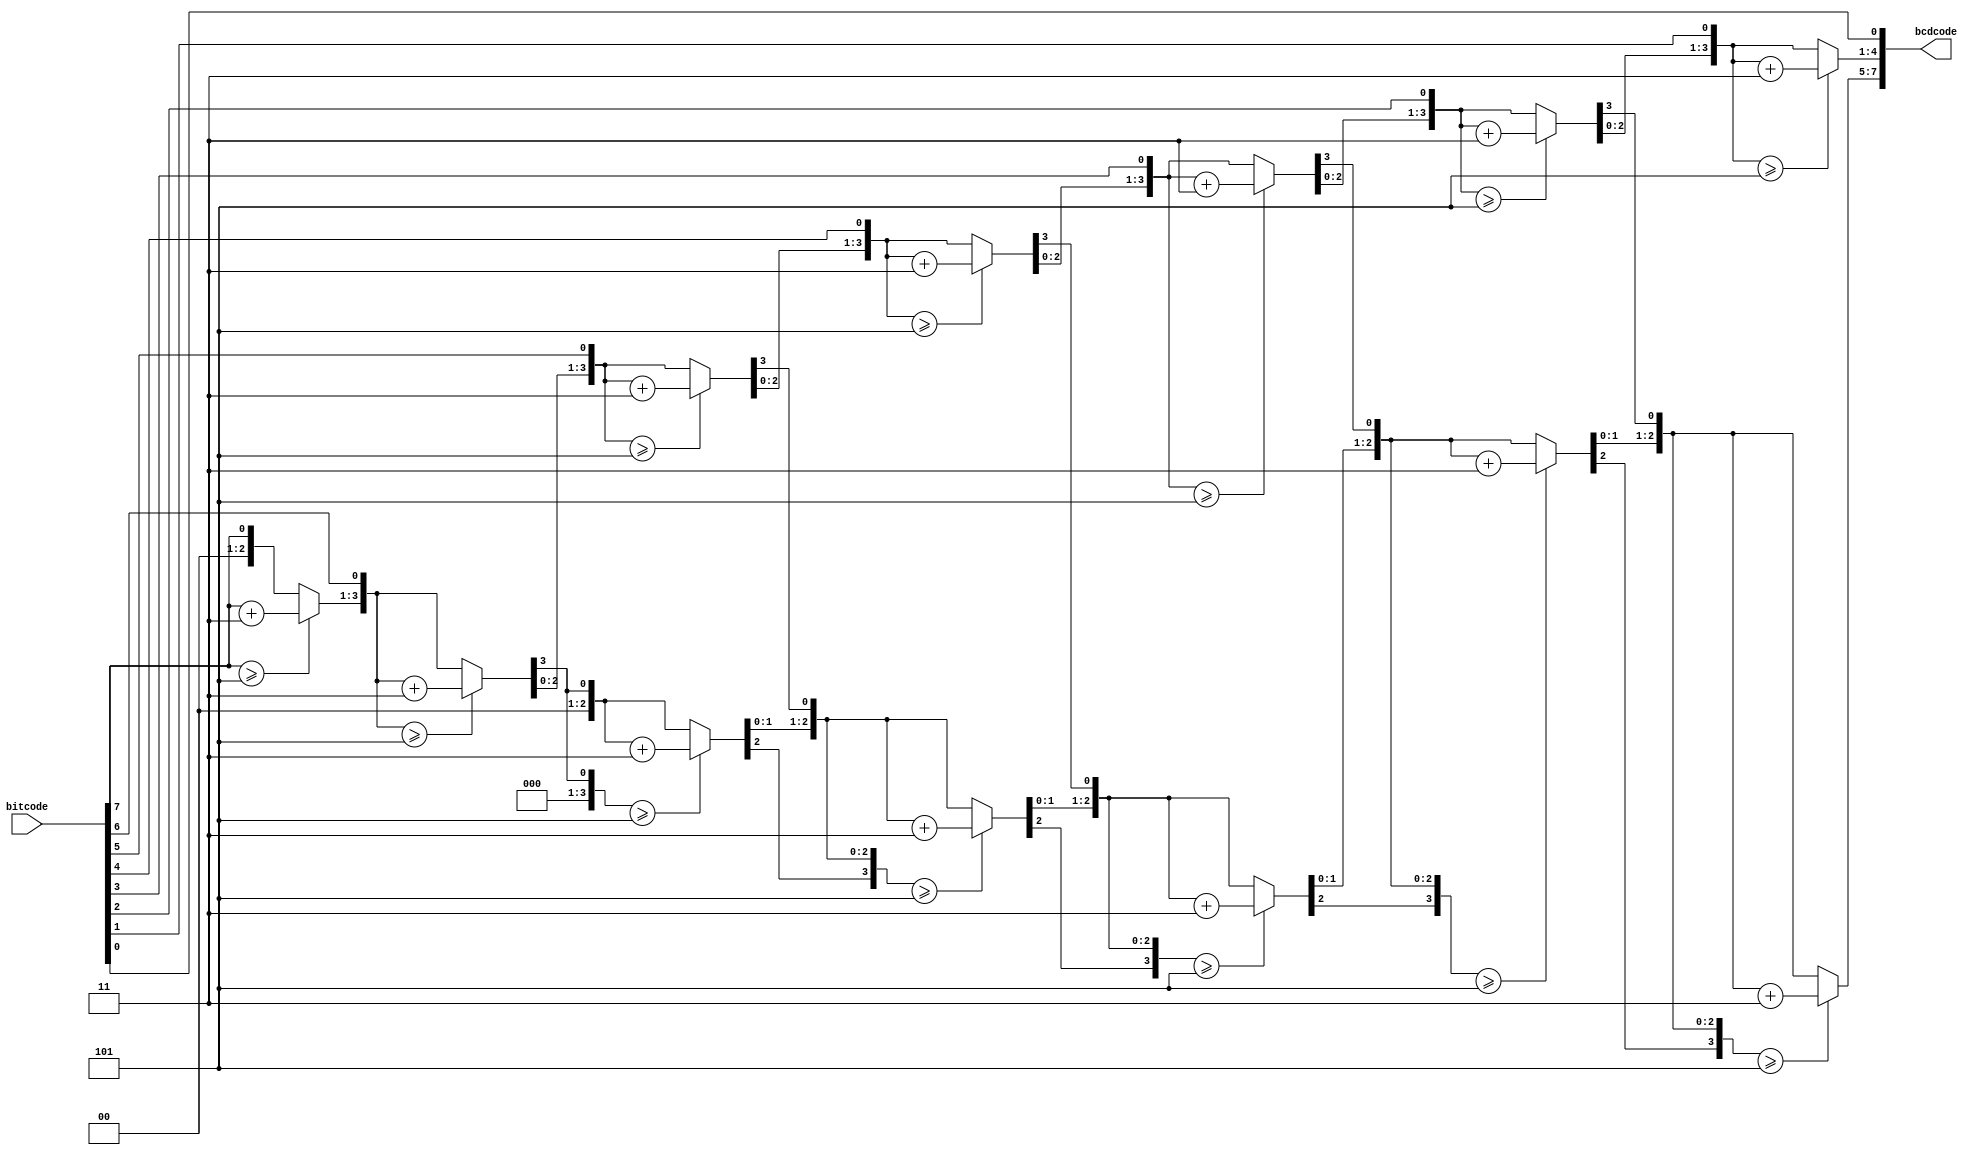
module bin2bcd (
    input [7:0] bitcode, 
    output [7:0] bcdcode
);

reg [11:0] data;
integer i;
assign bcdcode = data[7:0];

always@(bitcode) begin 
    data = 12'd0;
    for(i=7;i>=0;i=i-1) begin  //88
        if(data[11:8]>=5)
            data[11:8] = data[11:8] + 3;
        if(data[7:4]>=5)
            data[7:4] = data[7:4] + 3;
        if(data[3:0]>=5)
            data[3:0] = data[3:0] + 3;
 
        data[11:8] = data[11:8] << 1;
        data[8] = data[7];
 
        data[7:4] = data[7:4] << 1;
        data[4] = data[3];
 
        data[3:0] = data[3:0] << 1;
        data[0]= bitcode[i];
    end     
end
endmodule